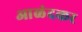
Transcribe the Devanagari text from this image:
आळंदकर